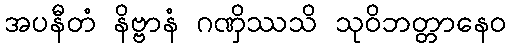
အပနီတံ နိဗ္ဗာနံ ဂဏှိဿသိ သုဝိဘတ္တာနေဝ